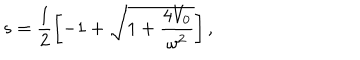
LaTeX: s = \frac { 1 } { 2 } \left[ - 1 + \sqrt { 1 + \frac { 4 V _ { 0 } } { \omega ^ { 2 } } } \right] ,